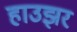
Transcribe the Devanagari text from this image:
हाउझर